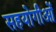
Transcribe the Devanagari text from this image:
सहयोगीओं